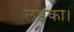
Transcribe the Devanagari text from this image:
लड़का।